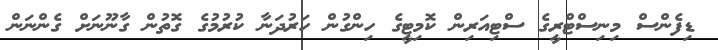
ޑިފެންސް މިނިސްޓްރީގެ ސްޓިއަރިން ކޮމިޓީގެ ހިންގުން ހަރުދަނާ ކުރުމުގެ ގޮތުން ގާނޫނަށް ގެންނަން